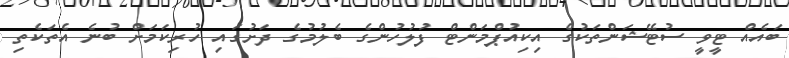
ބައެއް ޓީވީ ސުޓޭޝަންތަކުގެ އިކިއުޕްމަންޓް ފުލުހުންގެ ބެލުމުގެ ދަށުގައި ހުރިކަމަށް ބުނެ އެތަކެތި